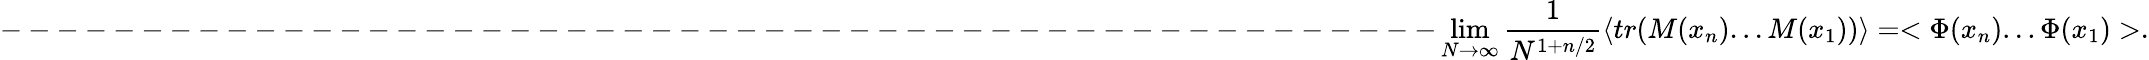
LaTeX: ---------------------------------------------------\operatorname*{lim}_{N\to\infty}\frac{1}{N^{1+n/2}}\langle tr(M(x_{n})...M(x_{1}))\rangle=<\Phi(x_{n})...\Phi(x_{1})>.